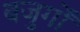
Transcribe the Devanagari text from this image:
बजुर्गों